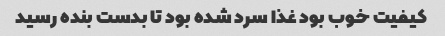
کیفیت خوب بود غذا سرد شده بود تا بدست بنده رسید